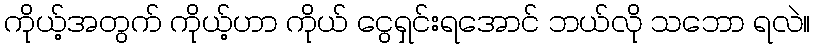
ကိုယ့်အတွက် ကိုယ့်ဟာ ကိုယ် ငွေရှင်းရအောင် ဘယ်လို သဘော ရလဲ။